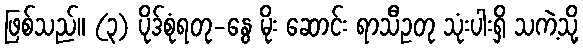
ဖြစ်သည်။ (၃) ပိုဒ်စုံရတု-နွေ မိုး ဆောင်း ရာသီဥတု သုံးပါးရှိ သကဲ့သို့